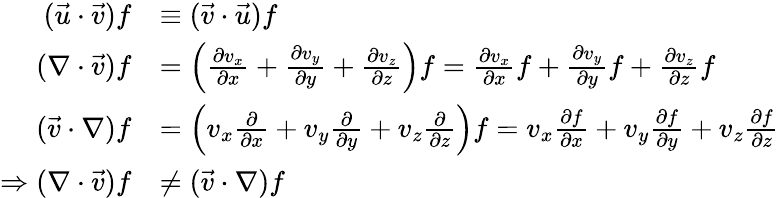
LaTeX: {\begin{array}{rl}{({\vec{u}}\cdot{\vec{v}})f}&{\equiv({\vec{v}}\cdot{\vec{u}})f}\\ {(\nabla\cdot{\vec{v}})f}&{=\left({\frac{\partial v_{x}}{\partial x}}+{\frac{\partial v_{y}}{\partial y}}+{\frac{\partial v_{z}}{\partial z}}\right)f={\frac{\partial v_{x}}{\partial x}}f+{\frac{\partial v_{y}}{\partial y}}f+{\frac{\partial v_{z}}{\partial z}}f}\\ {({\vec{v}}\cdot\nabla)f}&{=\left(v_{x}{\frac{\partial}{\partial x}}+v_{y}{\frac{\partial}{\partial y}}+v_{z}{\frac{\partial}{\partial z}}\right)f=v_{x}{\frac{\partial f}{\partial x}}+v_{y}{\frac{\partial f}{\partial y}}+v_{z}{\frac{\partial f}{\partial z}}}\\ {\Rightarrow(\nabla\cdot{\vec{v}})f}&{\neq({\vec{v}}\cdot\nabla)f}\end{array}}